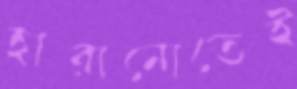
হারানোতেই